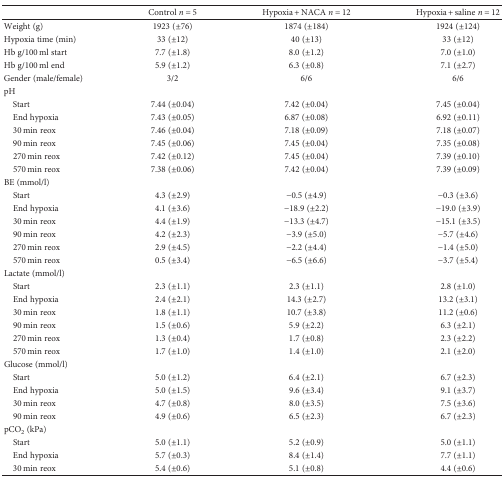
<table><thead><tr><td></td><td><b>Control <i>n</i> = 5</b></td><td><b>Hypoxia + NACA <i>n</i> = 12</b></td><td><b>Hypoxia + saline <i>n</i> = 12</b></td></tr></thead><tbody><tr><td>Weight (g)</td><td>1923 (±76)</td><td>1874 (±184)</td><td>1924 (±124)</td></tr><tr><td>Hypoxia time (min)</td><td>33 (±12)</td><td>40 (±13)</td><td>33 (±12)</td></tr><tr><td>Hb g/100 ml start</td><td>7.7 (±1.8)</td><td>8.0 (±1.2)</td><td>7.0 (±1.0)</td></tr><tr><td>Hb g/100 ml end</td><td>5.9 (±1.2)</td><td>6.3 (±0.8)</td><td>7.1 (±2.7)</td></tr><tr><td>Gender (male/female)</td><td>3/2</td><td>6/6</td><td>6/6</td></tr><tr><td colspan="4">pH</td></tr><tr><td> Start</td><td>7.44 (±0.04)</td><td>7.42 (±0.04)</td><td>7.45 (±0.04)</td></tr><tr><td> End hypoxia</td><td>7.43 (±0.05)</td><td>6.87 (±0.08)</td><td>6.92 (±0.11)</td></tr><tr><td> 30 min reox</td><td>7.46 (±0.04)</td><td>7.18 (±0.09)</td><td>7.18 (±0.07)</td></tr><tr><td> 90 min reox</td><td>7.45 (±0.06)</td><td>7.45 (±0.04)</td><td>7.35 (±0.08)</td></tr><tr><td> 270 min reox</td><td>7.42 (±0.12)</td><td>7.45 (±0.04)</td><td>7.39 (±0.10)</td></tr><tr><td> 570 min reox</td><td>7.38 (±0.06)</td><td>7.42 (±0.04)</td><td>7.39 (±0.09)</td></tr><tr><td colspan="4">BE (mmol/l)</td></tr><tr><td> Start</td><td>4.3 (±2.9)</td><td>−0.5 (±4.9)</td><td>−0.3 (±3.6)</td></tr><tr><td> End hypoxia</td><td>4.1 (±3.6)</td><td>−18.9 (±2.2)</td><td>−19.0 (±3.9)</td></tr><tr><td> 30 min reox</td><td>4.4 (±1.9)</td><td>−13.3 (±4.7)</td><td>−15.1 (±3.5)</td></tr><tr><td> 90 min reox</td><td>4.2 (±2.3)</td><td>−3.9 (±5.0)</td><td>−5.7 (±4.6)</td></tr><tr><td> 270 min reox</td><td>2.9 (±4.5)</td><td>−2.2 (±4.4)</td><td>−1.4 (±5.0)</td></tr><tr><td> 570 min reox</td><td>0.5 (±3.4)</td><td>−6.5 (±6.6)</td><td>−3.7 (±5.4)</td></tr><tr><td colspan="4">Lactate (mmol/l)</td></tr><tr><td> Start</td><td>2.3 (±1.1)</td><td>2.3 (±1.1)</td><td>2.8 (±1.0)</td></tr><tr><td> End hypoxia</td><td>2.4 (±2.1)</td><td>14.3 (±2.7)</td><td>13.2 (±3.1)</td></tr><tr><td> 30 min reox</td><td>1.8 (±1.1)</td><td>10.7 (±3.8)</td><td>11.2 (±0.6)</td></tr><tr><td> 90 min reox</td><td>1.5 (±0.6)</td><td>5.9 (±2.2)</td><td>6.3 (±2.1)</td></tr><tr><td> 270 min reox</td><td>1.3 (±0.4)</td><td>1.7 (±0.8)</td><td>2.3 (±2.2)</td></tr><tr><td> 570 min reox</td><td>1.7 (±1.0)</td><td>1.4 (±1.0)</td><td>2.1 (±2.0)</td></tr><tr><td colspan="4">Glucose (mmol/l)</td></tr><tr><td> Start</td><td>5.0 (±1.2)</td><td>6.4 (±2.1)</td><td>6.7 (±2.3)</td></tr><tr><td> End hypoxia</td><td>5.0 (±1.5)</td><td>9.6 (±3.4)</td><td>9.1 (±3.7)</td></tr><tr><td> 30 min reox</td><td>4.7 (±0.8)</td><td>8.0 (±3.5)</td><td>7.5 (±3.6)</td></tr><tr><td> 90 min reox</td><td>4.9 (±0.6)</td><td>6.5 (±2.3)</td><td>6.7 (±2.3)</td></tr><tr><td colspan="4">pCO<sub>2</sub> (kPa)</td></tr><tr><td> Start</td><td>5.0 (±1.1)</td><td>5.2 (±0.9)</td><td>5.0 (±1.1)</td></tr><tr><td> End hypoxia</td><td>5.7 (±0.3)</td><td>8.4 (±1.4)</td><td>7.7 (±1.1)</td></tr><tr><td> 30 min reox</td><td>5.4 (±0.6)</td><td>5.1 (±0.8)</td><td>4.4 (±0.6)</td></tr></tbody></table>